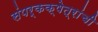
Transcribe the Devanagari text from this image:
संपर्कक्षेत्रांची